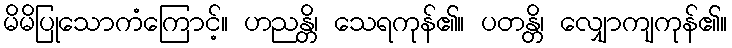
မိမိပြုသောကံကြောင့်။ ဟညန္တိ၊ သေရကုန်၏။ ပတန္တိ၊ လျှောကျကုန်၏။